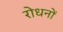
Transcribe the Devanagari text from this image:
रोधनों